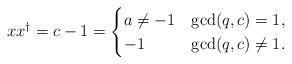
LaTeX: \begin{align*}xx^\dagger=c-1&= \begin{cases} a\ne -1& \gcd(q,c)= 1,\\ -1 & \gcd(q,c)\ne 1. \end{cases}\end{align*}